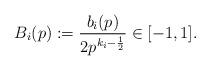
LaTeX: \begin{align*}B_i(p):=\frac{b_i(p)}{2p^{k_i-\frac{1}{2}}} \in [-1,1].\end{align*}